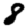
Digit: 8